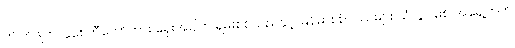
ကျိုက်ဖျက်ကူစေတီတော်ကား ရှေးအခါက ရှမ်းစစ်သည်နှင့် မြန်မာစစ်သည်များ သံလွင်မြစ် အရှေ့ဘက်